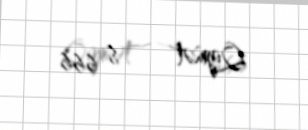
Qiymət — 8 666